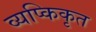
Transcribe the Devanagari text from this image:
व्यप्किकृत